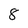
Character: 8